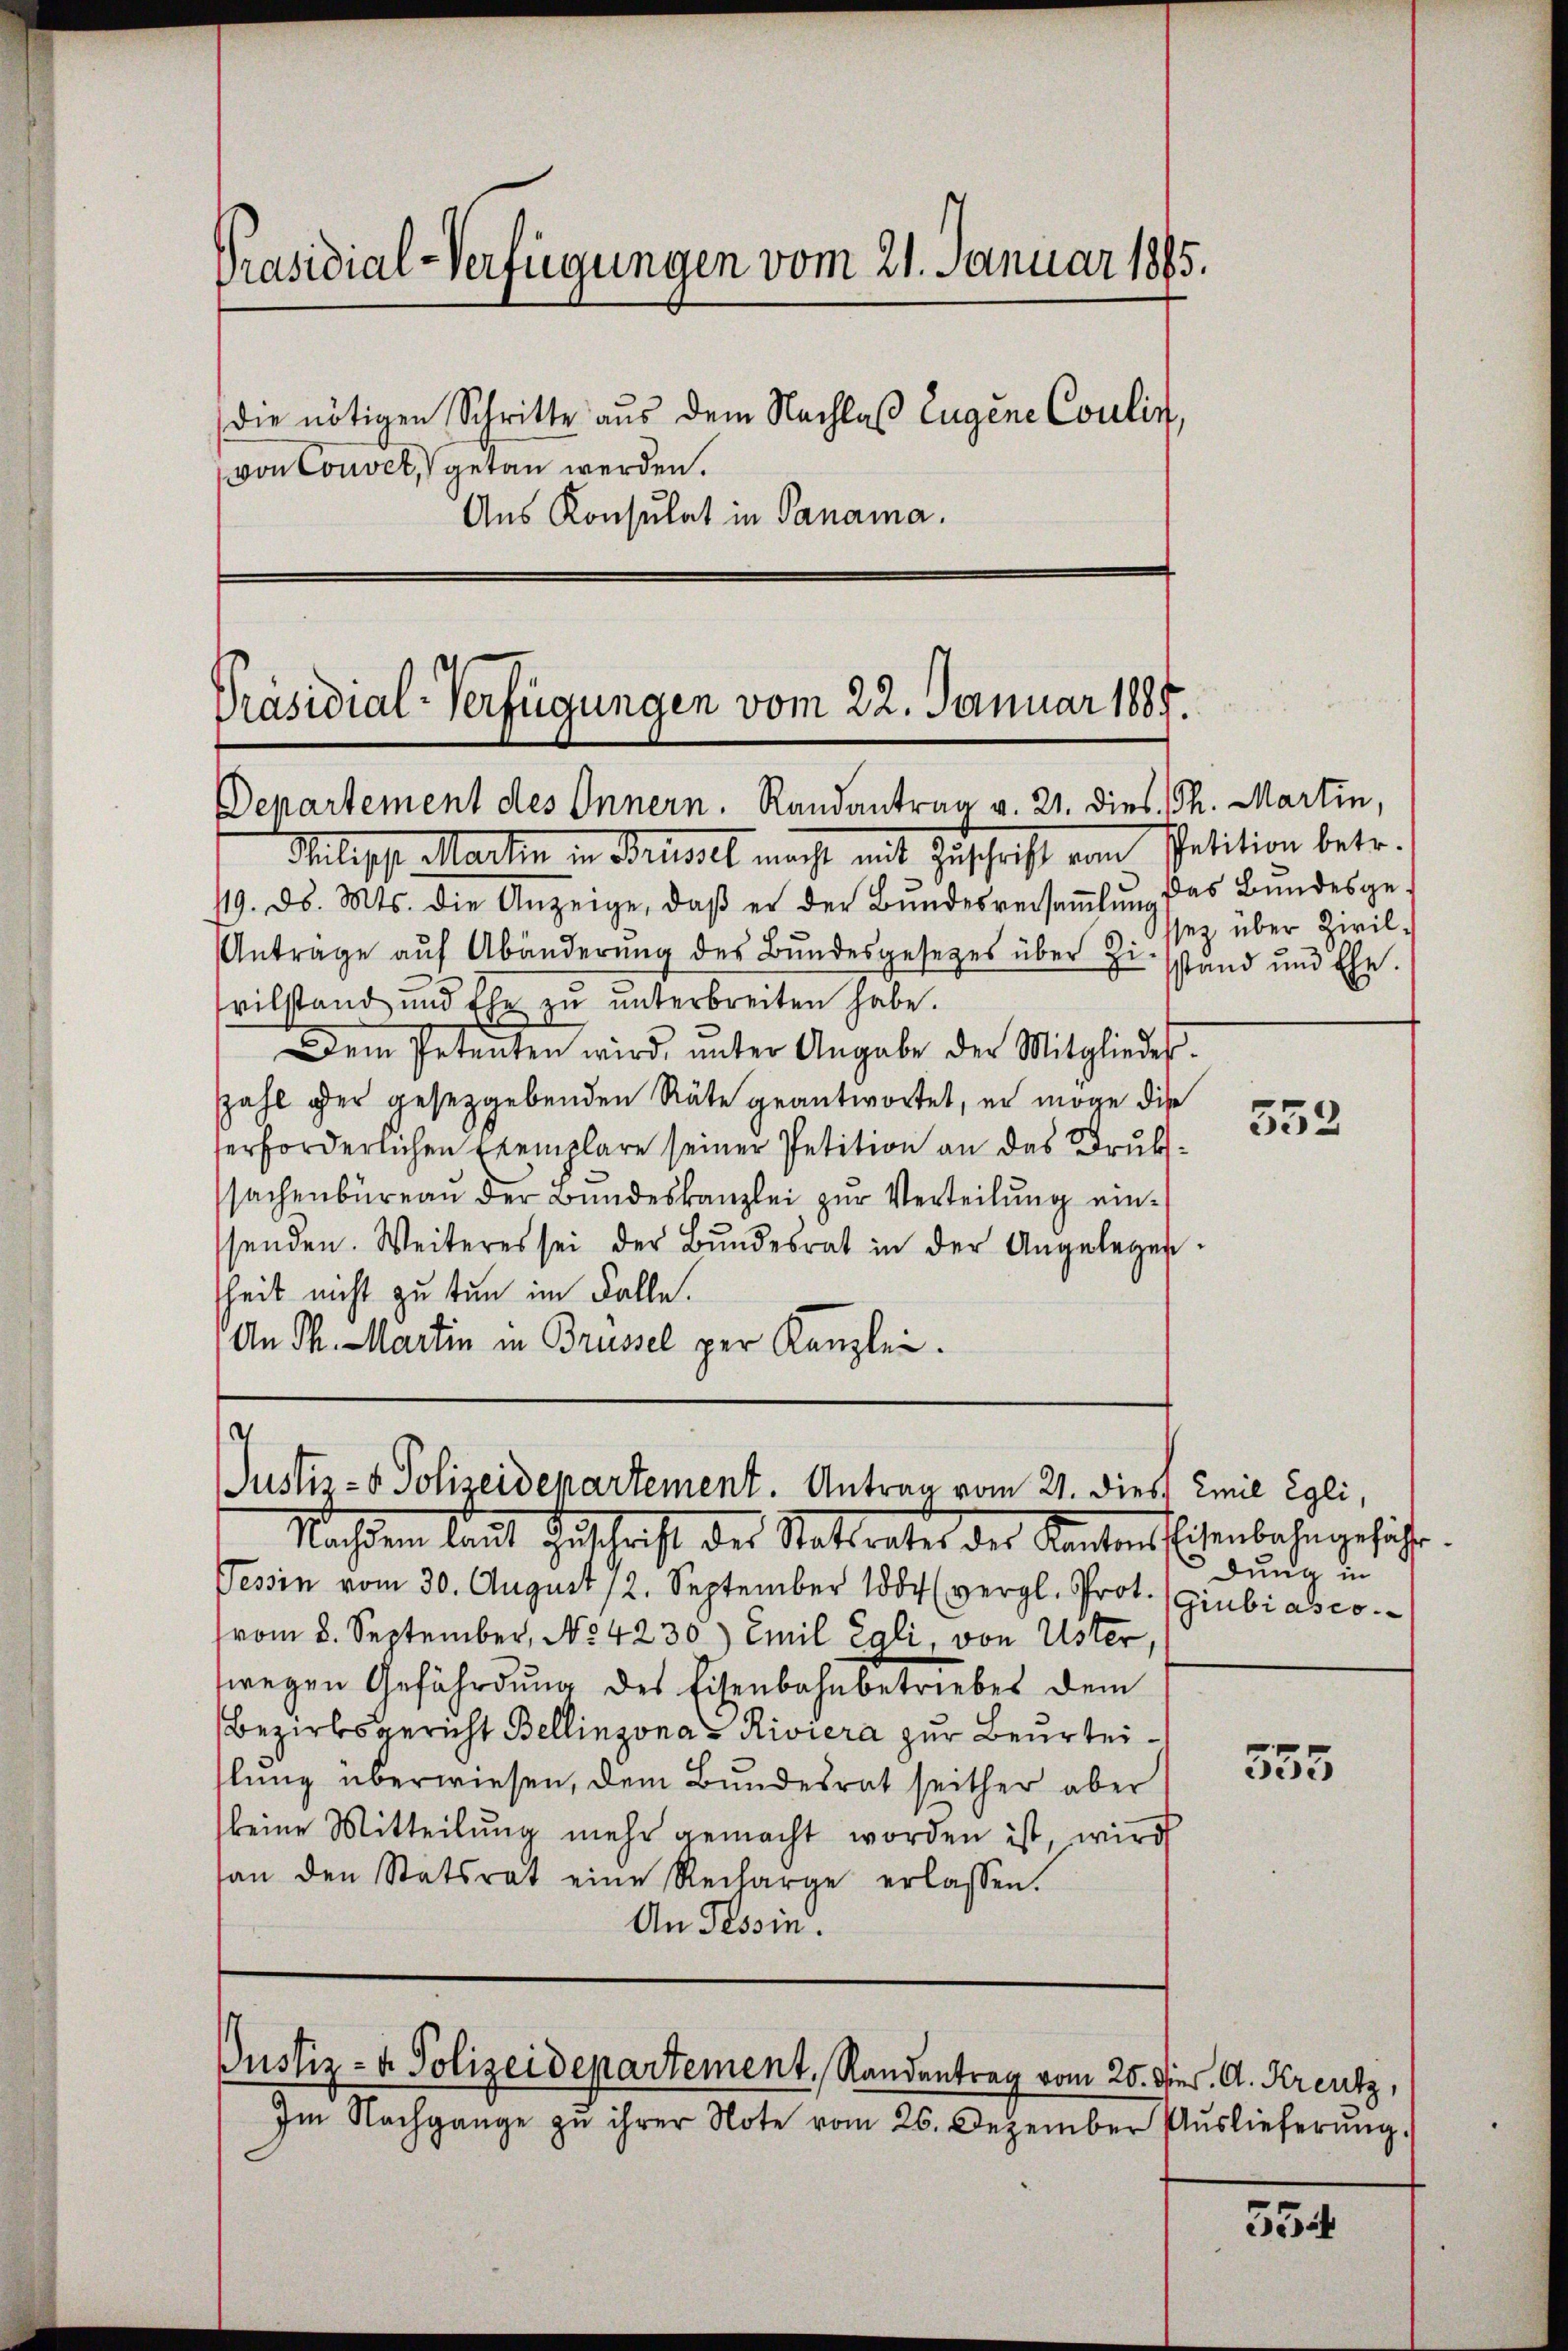
Präsidial-Verfügungen vom 21. Januar 1885.
die nötigen Schritte aus dem Nachlaß Eugene Coulis,
von Couvel, getan werden.
Aus Konsulat in Panama.

Präsidial-Verfügungen vom 22. Januar 1885.
Departement des Innern. Randantrag v. 21. dies. Th. Martin,

Mtilische Martin in Brudelt macht mit Zuschrift vom Petition betr.
119. ds. Mts. die Anzeige, daβ er der Bŭndesversaṁlŭng das Bundesge¬
Antrage aŭf Abänderŭng des Bŭndesgesetzes über Zinsstand und Ehe.
vilstand und Ehe zŭ ŭnterbreiten habe.
Dem Petenten wird ŭnter Angabe der Mitgliedes-
zahl der gesetzgebenden Räte geantwortet, er möge dise
erforderlichen Exemplare seiner Petition an des Drukssachenbüreau der Bundeskanzlei zur Verteilung einsenden. Weiteres sei der Bŭndesrat in der Angelegen.
heit nicht zu tun im Falle.
An Th. Martin in Brüssel per Kanzlei.

d
Justiz- & Polizeidepartement. Antrag vom 21. dies Emil Egli,

Nachdem laut Zuschrift des Stattrates der Kantonslosenbahngeführ
Tessin vom 30. August 12. September 1804 (vergl. Prot. (Giubiasco
(vom 8. September, No. 4230) Emil Egli, von Uster,
wegen Gefährdung des Eisenbahnbetriebes dem
Bezirksgericht Bellinzona - Riviera zur Beurteilŭng überwiesen, dem Bundesrat seither aber
keine Mitteilung mehr gemacht worden ist, wird
san den Statsrat eine Recharge erlassen.
An Tessin.

Justiz- & Polizeidepartement, Randantrag vom 20. dies, A. Kreutz,

Im Nachgange zu ihrer Note vom 26. Dezember Auslieferŭng.

ssez über Zivil¬

552

dung in

555

554